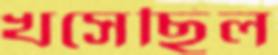
খসেছিল